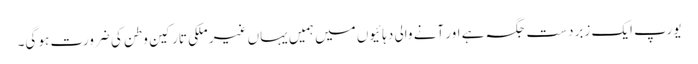
یورپ ایک زبردست جگہ ہے اور آنے والی دہائیوں میں ہمیں یہاں غیر ملکی تارکین وطن کی ضرورت ہو گی۔